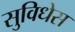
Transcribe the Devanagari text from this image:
सुविधेस